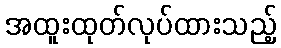
အထူးထုတ်လုပ်ထားသည့်